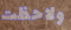
ولاحظت